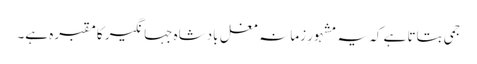
جمی بتاتا ہے کہ یہ مشہورِ زمانہ مغل بادشاہ جہانگیر کا مقبرہ ہے۔